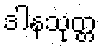
ဒါနသုတ္တ